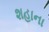
શહાના